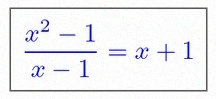
\frac{x^2-1}{x-1}=x+1